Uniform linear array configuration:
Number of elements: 32
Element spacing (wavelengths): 0.25
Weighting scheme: exponential
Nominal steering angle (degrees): -60
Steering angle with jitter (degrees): -58.695
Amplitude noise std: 0.05
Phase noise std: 0.05

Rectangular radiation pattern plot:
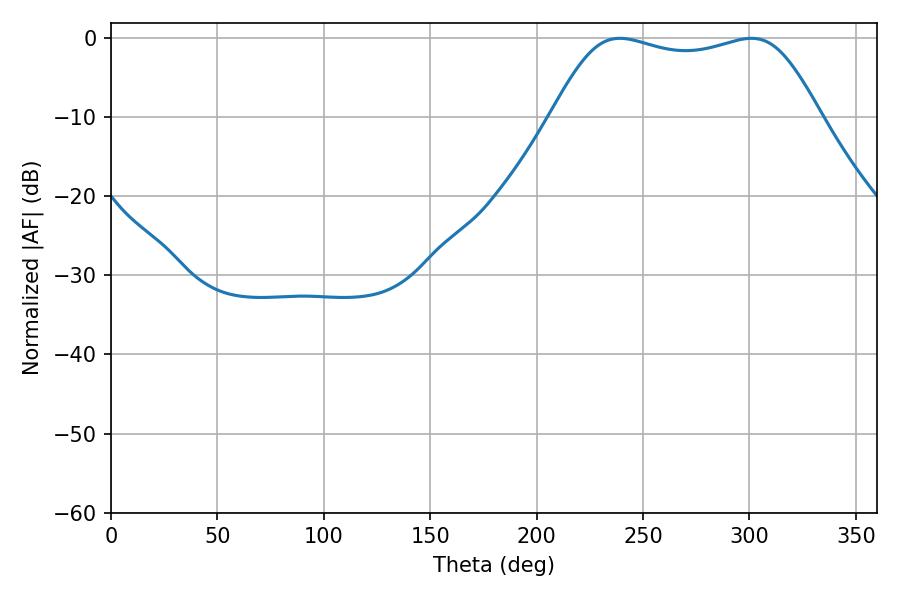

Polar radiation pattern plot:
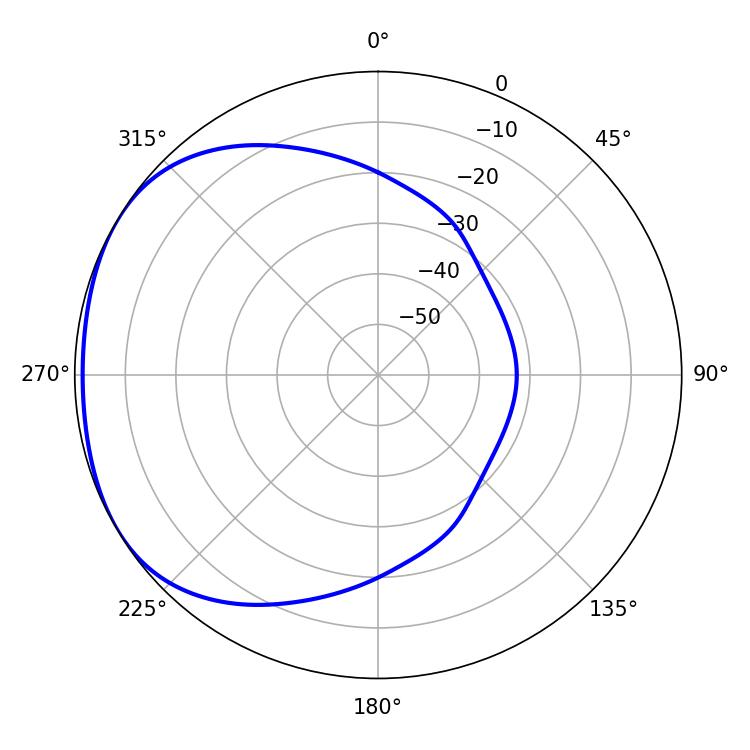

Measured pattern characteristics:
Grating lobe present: FALSE
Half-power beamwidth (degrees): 97.56
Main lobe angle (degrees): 239.04